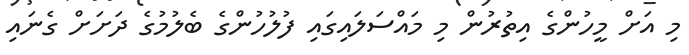
މި އަށް މީހުންގެ އިތުރުން މި މައްސަލައިގައި ފުލުހުންގެ ބެލުމުގެ ދަށަށް ގެނައި